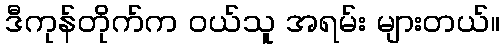
ဒီကုန်တိုက်က ဝယ်သူ အရမ်း များတယ်။